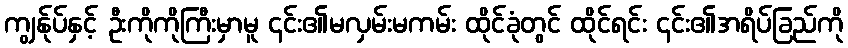
ကျွန်ုပ်နှင့် ဦးကိုကိုကြီးမှာမူ ၄င်း၏မလှမ်းမကမ်း ထိုင်ခုံတွင် ထိုင်ရင်း ၄င်း၏အရိပ်ခြည်ကို